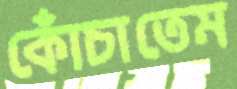
কোঁচাতেম